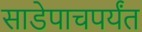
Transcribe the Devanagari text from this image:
साडेपाचपर्यंत